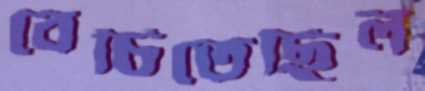
বেচিতেছিল